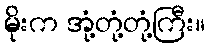
မိုးက အုံ့တုံ့တုံ့ကြီး။